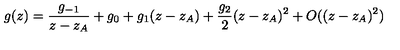
g ( z ) = \frac { g _ { - 1 } } { z - z _ { A } } + g _ { 0 } + g _ { 1 } ( z - z _ { A } ) + \frac { g _ { 2 } } { 2 } ( z - z _ { A } ) ^ { 2 } + O ( ( z - z _ { A } ) ^ { 2 } )